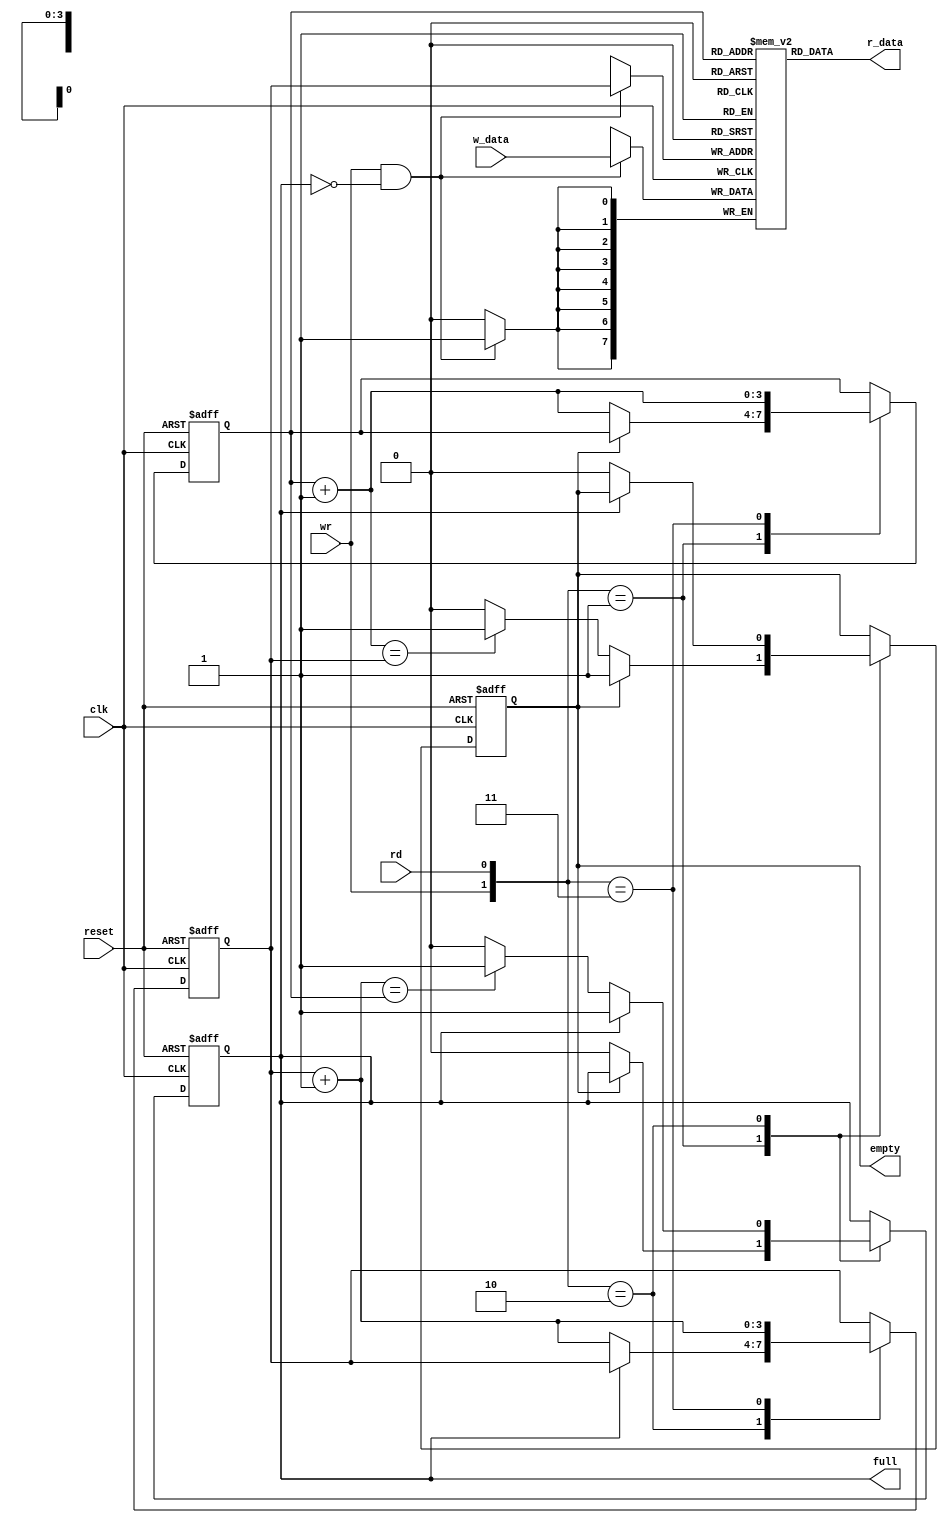
// Circular-queue-based Fifo
`timescale 1ns/1ps
module fifo # (
    parameter B = 8, // number of bits in a word
    W = 4 // number of address bits
  )
  (
    input wire clk, reset,
    input wire rd, wr,
    input wire [B-1:0] w_data,
    output wire empty, full,
    output wire [B-1:0] r_data
  );

  // Signal Declaration
  reg [B-1:0] array_reg [2**W-1:0]; // register array
  reg [W-1:0] w_ptr_reg, w_ptr_next, w_ptr_succ;
  reg [W-1:0] r_ptr_reg, r_ptr_next, r_ptr_succ;
  reg full_reg, empty_reg, full_next, empty_next;

  wire wr_en;

  // Write Operation
  always@(posedge clk)
    if (wr_en)
      array_reg[w_ptr_reg] <= w_data;

  // Read Operation
  assign r_data = array_reg[r_ptr_reg];

  // write enable when fifo is not full
  assign wr_en = wr & ~full_reg;

  // fifo control logic
  // register for read and write pointers
  always@(posedge clk, posedge reset)
    if(reset)
    begin
      w_ptr_reg <= 0;
      r_ptr_reg <= 0;
      full_reg <= 1'b0;
      empty_reg <= 1'b1;
    end
    else
    begin
      w_ptr_reg <= w_ptr_next;
      r_ptr_reg <= r_ptr_next;
      full_reg <= full_next;
      empty_reg <= empty_next;
    end

  // next state logic for read and write pointers
  always@(*)
  begin
    w_ptr_succ = w_ptr_reg + 1;
    r_ptr_succ = r_ptr_reg + 1;
    w_ptr_next = w_ptr_reg;
    r_ptr_next = r_ptr_reg;
    full_next = full_reg;
    empty_next = empty_reg;
    case({wr,rd})
      2'b01:  // write 
        if(~empty_reg)
        begin
          r_ptr_next = r_ptr_succ;
          full_next = 1'b0;
          if (r_ptr_succ == w_ptr_reg)
            empty_next = 1'b1;
        end

      2'b10:  // read
        if(~full_reg)
        begin
          w_ptr_next = w_ptr_succ;
          empty_next = 1'b0;
          if (w_ptr_succ == r_ptr_reg)
            full_next = 1'b1;
        end

      2'b11:
      begin
        w_ptr_next = w_ptr_succ;
        r_ptr_next = r_ptr_succ;
      end
    endcase
  end

  assign full = full_reg;
  assign empty = empty_reg;

endmodule